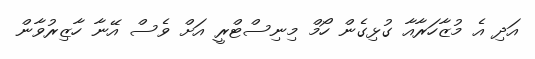
އަދި އެ މުޒާހަރާއާ ގުޅިގެން ހޯމް މިނިސްޓްރީ އަށް ވެސް އޭނާ ހާޒިރުވާން